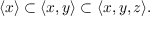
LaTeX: \langle x \rangle \subset \langle x , y \rangle \subset \langle x , y , z \rangle .